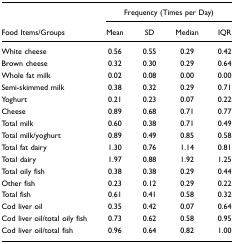
|  | <COLSPAN=4> Frequency (Times per Day) |
 | Food Items/Groups | Mean | SD | Median | IQR |
 | --- | --- | --- | --- | --- |
 | White cheese | 0.56 | 0.55 | 0.29 | 0.42 |
 | Brown cheese | 0.32 | 0.30 | 0.29 | 0.64 |
 | Whole fat milk | 0.02 | 0.08 | 0.00 | 0.00 |
 | Semi-skimmed milk | 0.38 | 0.32 | 0.29 | 0.71 |
 | Yoghurt | 0.21 | 0.23 | 0.07 | 0.22 |
 | Cheese | 0.89 | 0.68 | 0.71 | 0.77 |
 | Total milk | 0.60 | 0.38 | 0.71 | 0.49 |
 | Total milk/yoghurt | 0.89 | 0.49 | 0.85 | 0.58 |
 | Total fat dairy | 1.30 | 0.76 | 1.14 | 0.81 |
 | Total dairy | 1.97 | 0.88 | 1.92 | 1.25 |
 | Total oily fish | 0.38 | 0.38 | 0.29 | 0.44 |
 | Other fish | 0.23 | 0.12 | 0.29 | 0.22 |
 | Total fish | 0.61 | 0.41 | 0.58 | 0.32 |
 | Cod liver oil | 0.35 | 0.42 | 0.07 | 0.64 |
 | Cod liver oil/total oily fish | 0.73 | 0.62 | 0.58 | 0.95 |
 | Cod liver oil/total fish | 0.96 | 0.64 | 0.82 | 1.00 |